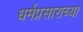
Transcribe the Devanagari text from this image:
धर्मप्रसाराच्या